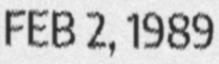
FEB 2, 1989